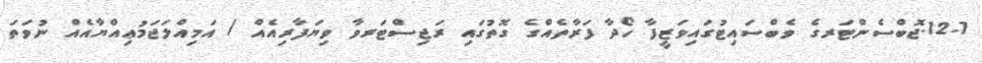
12.1.ޖޮބްސެންޓަރގެ ވެބްސައިޓުގައިވަޒީފާ ހޯދާ ފަރާތެއްގެ ގޮތުގައި ރަޖިސްޓަރވާ ވިޔަފާރިއެއް / އަމިއްލަޖަމުޢިއްޔާއެއް ނުވަތަ